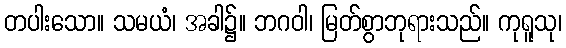
တပါးသော။ သမယံ၊ အခါ၌။ ဘဂဝါ၊ မြတ်စွာဘုရားသည်။ ကုရူသု၊